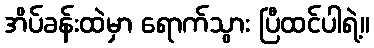
အိပ်ခန်းထဲမှာ ရောက်သွား ပြီထင်ပါရဲ့။